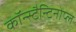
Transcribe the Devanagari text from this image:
कॉन्स्टैन्टिनोप्ल